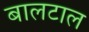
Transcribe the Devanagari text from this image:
बालटाल